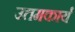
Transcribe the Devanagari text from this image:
उत्तमकार्य